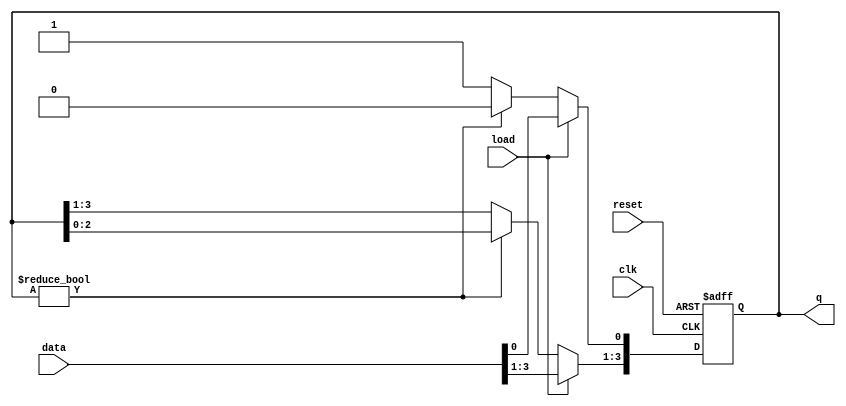
module LoadableRingCounter #(
    parameter N = 4  // Number of flip-flops (ring size)
)(
    input wire clk,           // Clock input
    input wire load,          // Load enable signal
    input wire reset,         // Reset signal
    input wire [N-1:0] data,  // Data input for loading
    output reg [N-1:0] q      // Counter output
);

    // Process block for the Loadable Ring Counter
    always @(posedge clk or posedge reset) begin
        if (reset) begin
            // On reset, set all flip-flops to zero
            q <= 0;
        end else if (load) begin
            // On load, load the data into the counter
            q <= data;
        end else begin
            // Ring counter operation: shift the '1'
            // Ensure only one flip-flop has '1' at a time
            // We use the LSB of q to determine where to shift the '1'
            if (q != 0) begin
                q <= {q[N-2:0], q[N-1]}; // Shift left
                q[0] <= 0;               // Ensure the last position becomes '0'
            end else begin
                q[0] <= 1;               // If q was 0, initialize to start with '1'
            end
        end
    end

endmodule